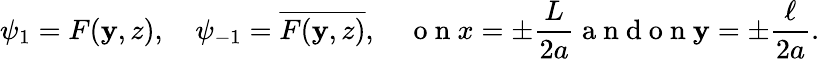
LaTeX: \psi_{1}=F(\mathbf{y},z),\quad\psi_{-1}=\overline{{{F(\mathbf{y},z)}}},\quad\mathrm{{~o~n~}}x=\pm\frac{{L}}{{2a}}\mathrm{{~a~n~d~o~n~}}\mathbf{y}=\pm\frac{{\ell}}{{2a}}.